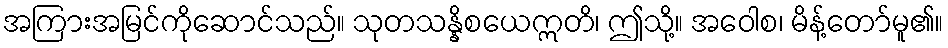
အကြားအမြင်ကိုဆောင်သည်။ သုတသန္နိစယေဣတိ၊ ဤသို့။ အဝေါစ၊ မိန့်တော်မူ၏။